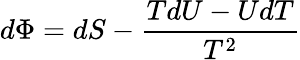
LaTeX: d\Phi=dS-{\frac{TdU-UdT}{T^{2}}}